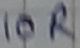
Text: 10R